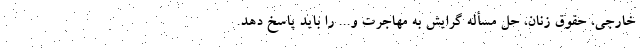
خارجی، حقوق زنان، حل مسأله گرایش به مهاجرت و... را باید پاسخ دهد.